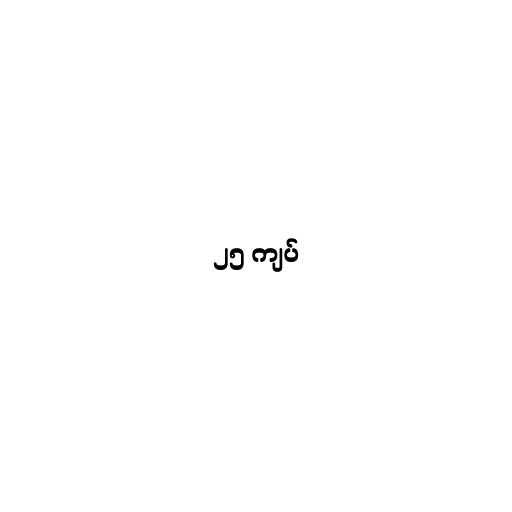
၂၅ ကျပ်